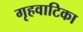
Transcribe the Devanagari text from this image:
गृहवाटिका